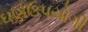
ઘણઉપયોગી